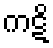
ကဋိ